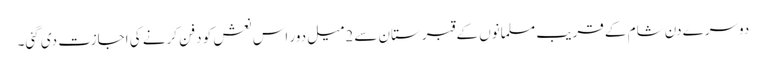
دوسرے دن شام کے قریب مسلمانوں کے قبرستان سے 2میل دور اس نعش کو دفن کرنے کی اجازت دی گئی۔